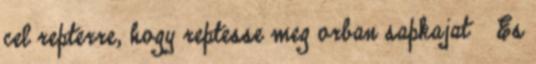
cel repterre, hogy reptesse meg orban sapkajat 🙂 Es